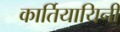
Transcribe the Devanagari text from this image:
कार्तियायिनी